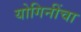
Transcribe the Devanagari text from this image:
योगिनींचा